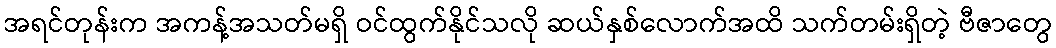
အရင်တုန်းက အကန့်အသတ်မရှိ ဝင်ထွက်နိုင်သလို ဆယ်နှစ်လောက်အထိ သက်တမ်းရှိတဲ့ ဗီဇာတွေ